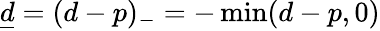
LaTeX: \underline{d}=(d-p)_{-}=-\operatorname*{min}(d-p,0)